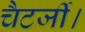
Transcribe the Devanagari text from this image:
चैटर्जी।